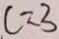
c = 3